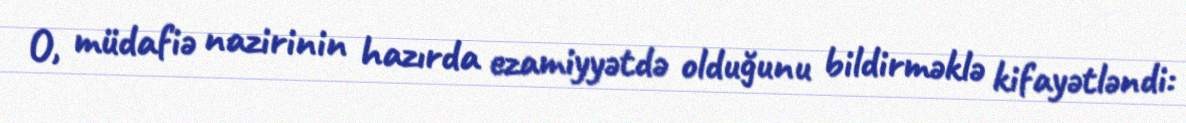
O, müdafiə nazirinin hazırda ezamiyyətdə olduğunu bildirməklə kifayətləndi: